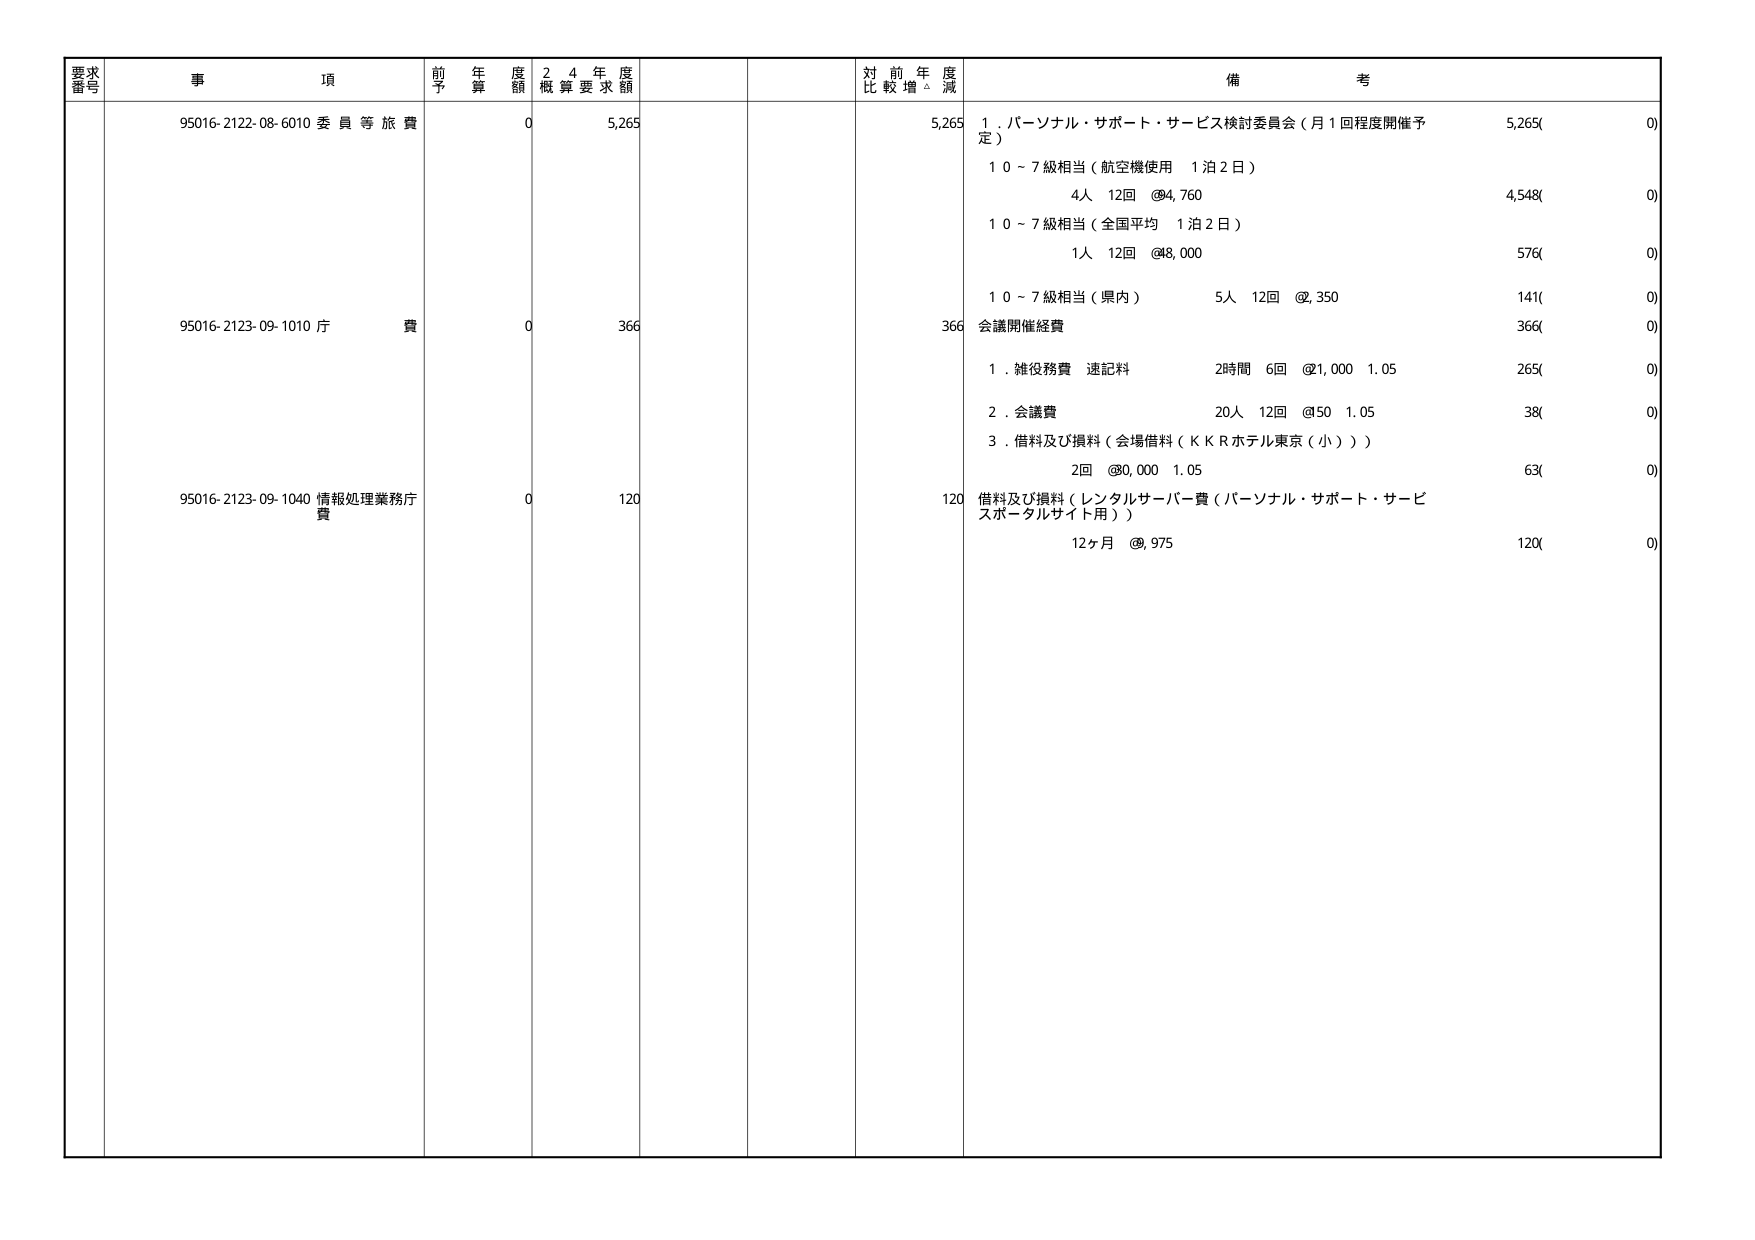
要求番号 事項 前年度予算額 24年度概算要求額 対前年度比較増減 備考
95016-2122-08-6010 委員等旅費 0 5,265 5,265 1.パーソナル・サポート・サービス検討委員会（月1回程度開催予定） 5,265(0)
10～7級相当（航空機使用 1泊2日） 4人 12回 @4,760 4,548(0)
10～7級相当（全国平均 1泊2日） 1人 12回 @48,000 576(0)
10～7級相当（県内） 5人 12回 @2,350 141(0)
95016-2123-09-1010 庁費 0 366 366 会議開催経費 366(0)
1.雑役務費 速記料 2時間 6回 @21,000 1.05 265(0)
2.会議費 20人 12回 @50 1.05 38(0)
3.借料及び損料（会場借料（ＫＫＲホテル東京（小））） 2回 @80,000 1.05 63(0)
95016-2123-09-1040 情報処理業務庁費 0 120 120 借料及び損料（レンタルサーバー費（パーソナル・サポート・サービスポータルサイト用）） 12ヶ月 @9,975 120(0)